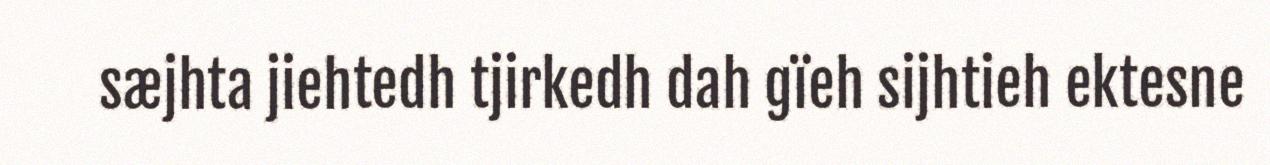
sæjhta jiehtedh tjirkedh dah gïeh sijhtieh ektesne